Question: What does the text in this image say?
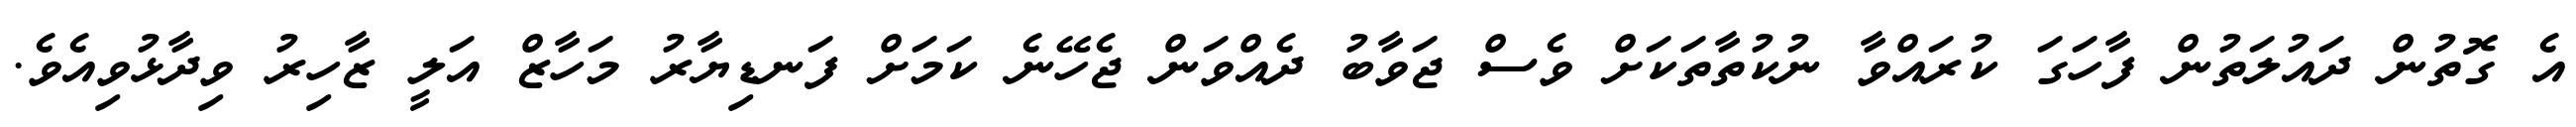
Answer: އެ ގޮތުން ދައުލަތުން ފާހަގަ ކުރައްވާ ނުކުތާތަކަށް ވެސް ޖަވާބު ދެއްވަން ޖެހޭނެ ކަމަށް ފަނޑިޔާރު މަހާޒް އަލީ ޒާހިރު ވިދާޅުވިއެވެ.